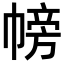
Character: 𢄎